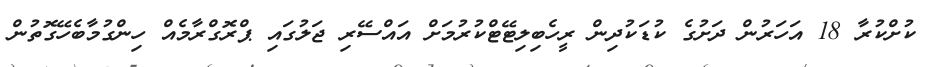
ކުށްކުރާ 18 އަހަރުން ދަށުގެ ކުޑަކުދިން ރީހެބިލިޓޭޓްކުރުމަށް އައްސޭރި ޖަލުގައި ޕްރޮގްރާމެއް ހިންގުމާބެހޭގޮތުން